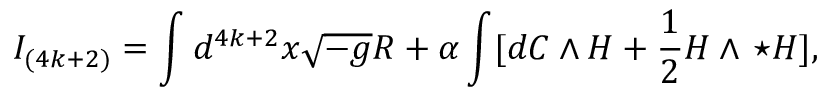
I _ { ( 4 k + 2 ) } = \int d ^ { 4 k + 2 } x \sqrt { - g } { \cal R } + \alpha \int [ d C \wedge H + { \frac { 1 } { 2 } } H \wedge \, \star H ] ,